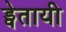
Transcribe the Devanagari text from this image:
ड्वेतायी